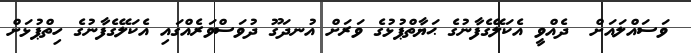
ވަސައްލައަށް  ދެއްވީ އެކަލޭގެފާނުގެ ޙަޔާތްޕުޅުގެ ވަރަށް އުނދަގޫ ދުވަސްވަރެއްގައި އެކަލޭގެފާނުގެ ހިތްޕުޅަށް